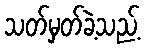
သတ်မှတ်ခဲ့သည့်